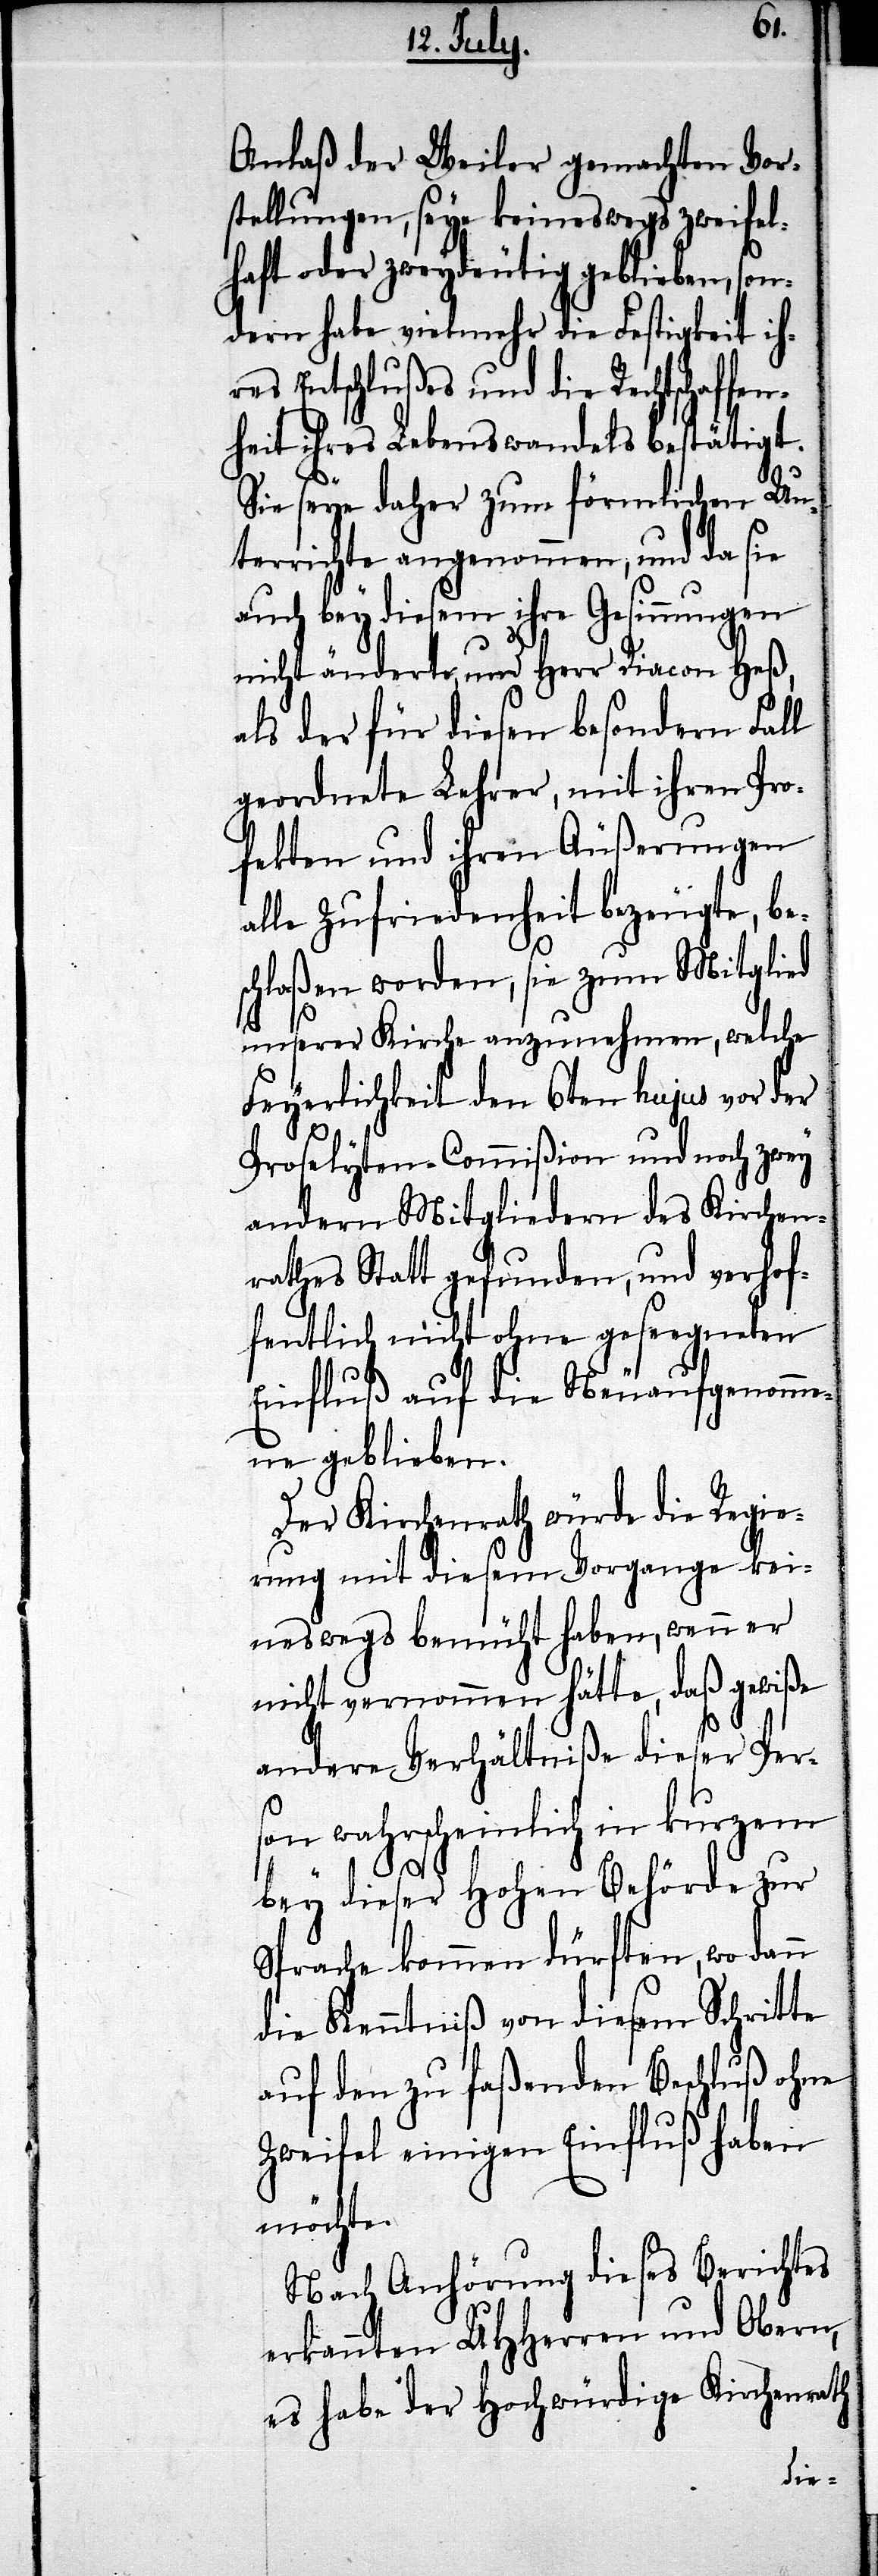
Anlaß der Weiler gemachten Vor¬
stellungen, seye keineswegs zweifel¬
haft oder zweydeutig geblieben, son¬
dern habe vielmehr die Festigkeit ih¬
res Entschlußes und die Rechtschaffen¬
heit ihres Lebenswandels bestätigt.
Sie seye daher zum förmlichen Un¬
terrichte angenommen, und da sie
auch bey diesem ihre Gesinnungen
nicht änderte, und Herr Diacon Heß,
als der für diesen besondern Fall
geordnete Lehrer, mit ihren Pro¬
fekten und ihren Äußerungen
alle Zufriedenheit bezeugte, be¬
schloßen worden, sie zum Mitglied
unserer Kirche anzunehmen, welche
Feyerlichkeit den 6ten hujus vor der
Proselyten-Commißion und noch zwey
andern Mitgliedern des Kirchen¬
rathes Statt gefunden, und verhof¬
fentlich nicht ohne geseegneten
Einfluß auf die Neuaufgenomme¬
ne geblieben.
Der Kirchenrath würde die Regie¬
rung mit diesem Vorgange kei¬
neswegs bemüht haben, wenn er
nicht vernommen hätte, daß gewiße
andere Verhältniße dieser Per¬
son wahrscheinlich in kurzem
bey dieser Hohen Behörde zur
Sprache kommen dürften, wo dann
die Kenntniß von diesem Schritte
auf den zu faßenden Beschluß ohne
Zweifel einigen Einfluß haben
möchte.
Nach Anhörung dieses Berichtes
erkennten UHHerren und Obern,
es habe der Hochwürdige Kirchenrath